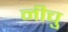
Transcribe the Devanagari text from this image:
नीचु